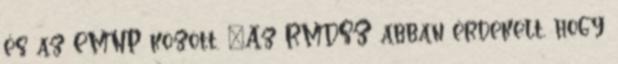
és az EMNP között. „Az RMDSZ abban érdekelt, hogy